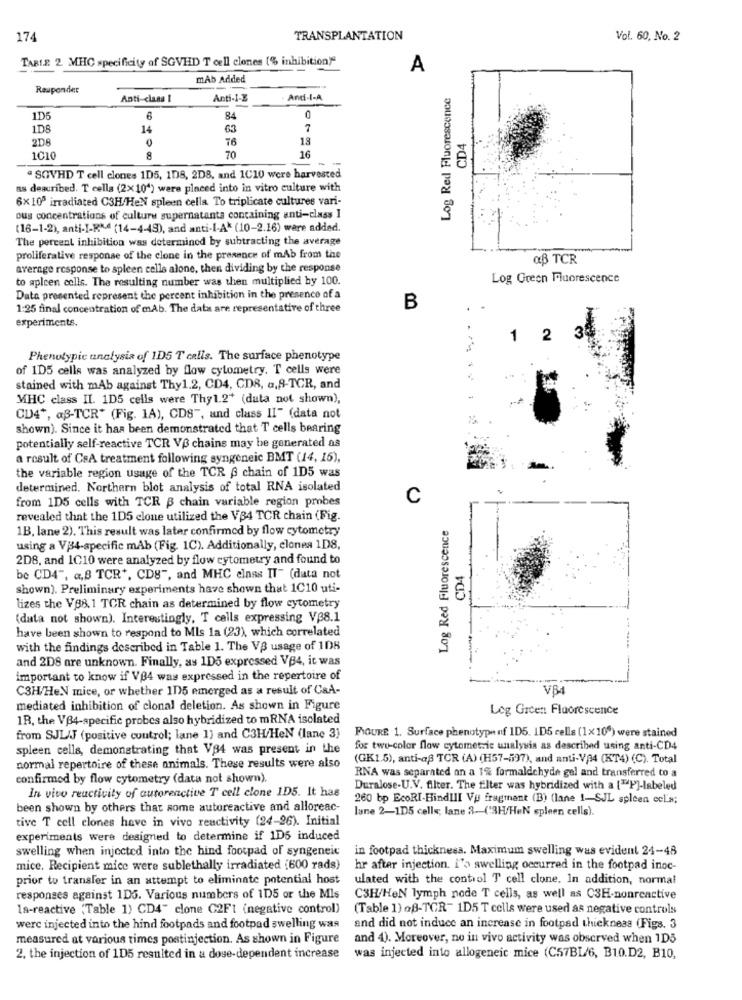
174
TRANSPLANTATION
Vol. 60, No. 2
TABLE 2 MHC specificity of SGVHD T cell clones (% inhibition)"
A
mAb Added
Responder
Log Red Fluorescence
Anti-clans I
Anti-I-E
· Anti-I-A
1D5
6
84
0
1DS
14
63
7
2D8
76
18
CD4
1010
8
70
16
" SOVHD T cell clones 1D5, 1D8, 2D8, and 1C10 were harvested
as described. T cella (2x10') were placed into in vitro culture with
6× 105 irradiated C3H/HeN spleen cella To triplicate cultures vari-
ous concentrations of culture supernatanta containing anti-class I
(16-1-2), anti-I-RM4 (14-4-49), and anti-I-A* (10-2.16) ware added.
The percent inhibition was determined by subtracting the average
proliferative response of the clone in the presence of mAb from the
aB TCR
average response to spleen celle alone, then dividing by the response
to apleen cells. The resulting number was then multiplied by 100.
Log Green Fluorescence
Data presented represent the percent inhibition in the presence of a
1:25 final concentration of mAb. The data are representative of three
B
experiments.
1 2
Phenotypic analysis of 1D5 T cells. The surface phenotype
of 1D5 cells was analyzed by flow cytometry. T cells were
stained with mAb against Thy1.2, CD4, CD8, a,8-TCR, and
MHC class II. 1D5 cells were Thy1.2+ (duta not shown),
CD4+, aß-TCR* (Fig. 1A), CDS", and class II" (data not
shown). Since it has been demonstrated that T cells bearing
potentially self-reactive TCR VB chains may be generated as
a result of CsA treatment following syngeneic BMT (14, 15),
the variable region usage of the TCR A chain of 1D5 was
determined. Northern blot analysis of total RNA isolated
from 1D5 cells with TCR $ chain variable region probes
C
revealed that the 1D5 clone utilized the VB4 TCR chain (Fig.
1B, lane 2). This result was later confirmed by flow cytometry
Log Red Fluorescence
using a V34-specific mAb (Fig. 1C). Additionally, clones 1DS,
2D8, and 1C10 were analyzed by flow cytometry and found to
CD4
be CD4", a,B TCR', CD8", and MHC class IT" (data not
shown). Preliminary experiments have shown that 1C10 uti-
lizes the V88.1 TCR chain as determined by flow cytometry
(data not shown). Interestingly, T cells expressing VB8.1
have been shown to respond to Mis la (23), which correlated
with the findings described in Table 1. The VS usage of 108
and 2D8 are unknown. Finally, as 1D5 expressed VB4, it was
important to know if V04 was expressed in the repertoire of
C3H/HeN mice, or whether 115 emerged as a result of CaA-
VB
mediated inhibition of clonal deletion. As shown in Figure
Log Green Fluorescence
1R, the VB4-specific probes also hybridized to mRNA isolated
FIGURE 1. Surface phenotype nf 1D5. 1D5 cells (1x 10%) were stained
from SJL/J (positive control; lane 1) and C3H/HeN (lane 3)
spleen cells, demonstrating that V84 was present in the
for two-color flow cytometrie unalysia as described using anti-CD4
(GK1.5), anti-aß TCR (A) (H57-597), and anti-V34 (KT4) (C). Total
normal repertoire of these animals. These results were also
RNA was separated on a 1% formaldehyde gel and transferred to a
confirmed by flow cytometry (data not shown).
In vivo reactivity of autorenctive T cell clone 1D5. It has
Duralose-U.V. filter. The filter was hybridized with a [TP]-labeled
260 bp EcoRI-BindIII Vu fragment (B) (lane 1-SJL spleen ccl'»;
been shown by others that some autoreactive and alloreac-
lane 2-1D5 cells; lane 2-('3H/HeN spleen cells).
tive T cell clones have in vivo reactivity (24-26). Initial
experiments were designed to determine if 1D5 induced
swelling when injected into the hind footpad of syngeneic
in footpad thickness. Maximum swelling was evident 24-48
mice. Recipient mice were sublethally irradiated (600 rads)
hr after injection. i's swelling occurred in the footpad inoc-
prior to transfer in an attempt to eliminate potential host
ulated with the control T cell clone. In addition, normal
responses against 1D5. Various numbers of 1D5 or the Mis
C3H/HeN lymph node T cells, as well as C3H-nonreactive
la-reactive (Table 1) CD4" clone C2F1 (negative control)
(Table 1) oB-TCR- 1D5 T cells were used as negative controls
werc injected into the hind footpads and footpad swelling was
and did not induce an increase in footpad thickness (Figs. 3
measured at various times postinjection. As shown in Figure
and 4). Moreover, no in vivo activity was observed when 1D5
2. the injection of 1D5 resulted in a dose-dependent increase
was injected into allogeneic mice (C57BL/6, B10.D2, B10,